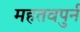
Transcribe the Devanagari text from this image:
महतवपुर्न